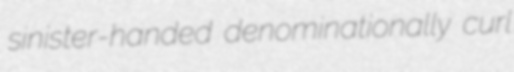
sinister-handed denominationally curl